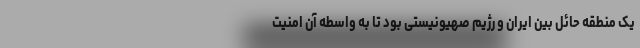
یک منطقه حائل بین ایران و رژیم صهیونیستی بود تا به واسطه آن امنیت